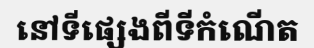
នៅទីផ្សេងពីទីកំណើត